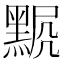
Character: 𪑍